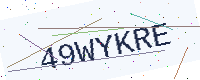
Text: 49WYKRE